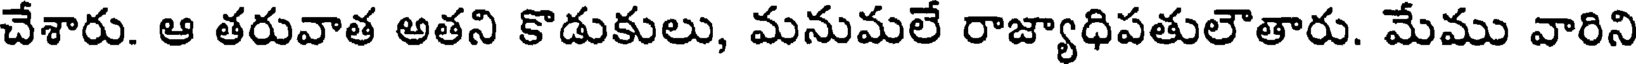
చేశారు. ఆ తరువాత అతని కొడుకులు, మనుమలే రాజ్యాధిపతులౌతారు. మేము వారిని